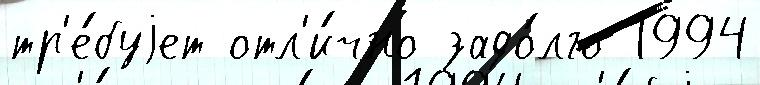
тр'е́буjет отл'и́чно задо́лго 1994